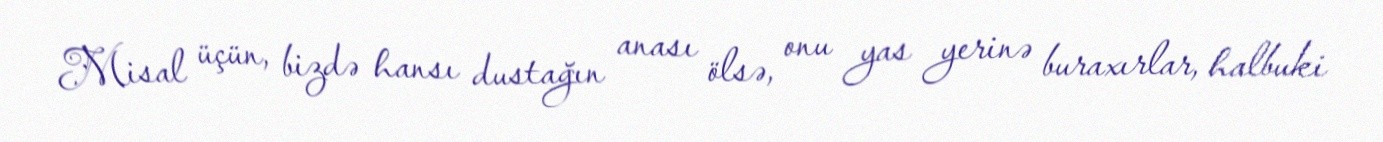
Misal üçün, bizdə hansı dustağın anası ölsə, onu yas yerinə buraxırlar, halbuki